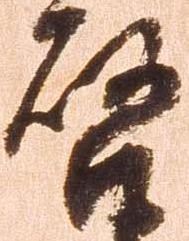
啓